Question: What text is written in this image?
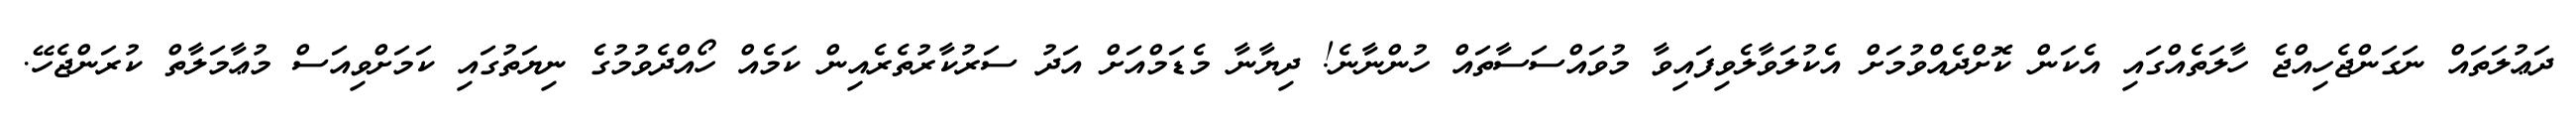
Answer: ދަޢުލަތައް ނަގަންޖެހިއްޖެ ހާލަތެއްގައި އެކަން ކޮށްދެއްވުމަށް އެކުލަވާލެވިފައިވާ މުވައްސަސާތައް ހުންނާނެ! ދިޔާނާ މެޑަމްއަށް އަދު ސަރުކާރުތެރެއިން ކަމެއް ހޯއްދެވުމުގެ ނިޔަތުގައި ކަމަށްވިއަސް މުޢާމަލާތް ކުރަންޖެހޭ.